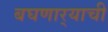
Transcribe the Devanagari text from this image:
बघणार्‍याची